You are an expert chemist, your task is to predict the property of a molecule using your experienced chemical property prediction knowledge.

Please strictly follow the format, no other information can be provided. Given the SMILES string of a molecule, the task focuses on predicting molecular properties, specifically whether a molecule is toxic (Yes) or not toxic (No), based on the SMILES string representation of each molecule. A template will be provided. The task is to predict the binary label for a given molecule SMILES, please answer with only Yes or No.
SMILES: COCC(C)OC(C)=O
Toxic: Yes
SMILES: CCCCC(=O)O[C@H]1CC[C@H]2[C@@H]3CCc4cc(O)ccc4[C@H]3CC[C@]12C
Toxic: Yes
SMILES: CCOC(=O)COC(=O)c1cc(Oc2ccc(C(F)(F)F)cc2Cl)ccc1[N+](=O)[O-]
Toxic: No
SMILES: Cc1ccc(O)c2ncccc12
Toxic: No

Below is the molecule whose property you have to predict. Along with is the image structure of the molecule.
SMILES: O=C(CCNNC(=O)c1ccncc1)NCc1ccccc1
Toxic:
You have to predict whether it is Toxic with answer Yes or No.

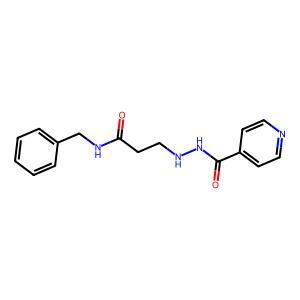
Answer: No